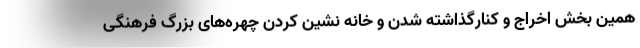
همین بخش اخراج و کنارگذاشته شدن و خانه نشین کردن چهره‌های بزرگ فرهنگی